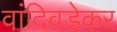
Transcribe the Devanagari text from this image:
वांदिवडेकर